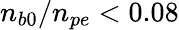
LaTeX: n_{b0}/n_{pe}<0.08